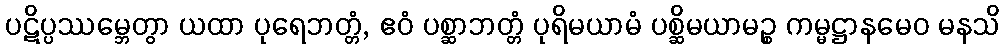
ပဋိပ္ပဿမ္ဘေတွာ ယထာ ပုရေဘတ္တံ, ဧဝံ ပစ္ဆာဘတ္တံ ပုရိမယာမံ ပစ္ဆိမယာမဉ္စ ကမ္မဋ္ဌာနမေဝ မနသိ